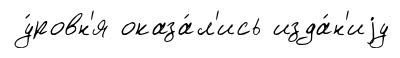
у́ровн'я оказа́л'ись изда́н'иjу